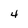
Character: 4